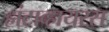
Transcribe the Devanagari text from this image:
हांटाव्हायरस